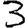
Digit: 3